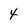
Character: 4